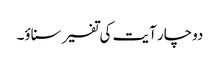
دوچار آیت کی تفسیر سناؤ۔